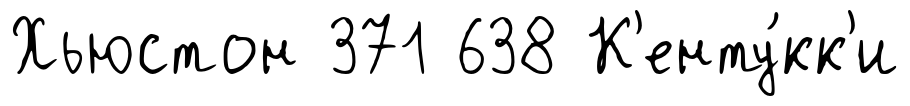
Хьюстон 371 638 К'енту́кк'и